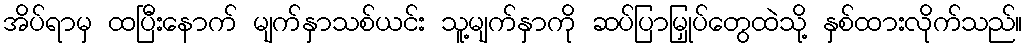
အိပ်ရာမှ ထပြီးနောက် မျက်နှာသစ်ယင်း သူ့မျက်နှာကို ဆပ်ပြာမြှုပ်တွေထဲသို့ နှစ်ထားလိုက်သည်။